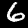
Digit: 6